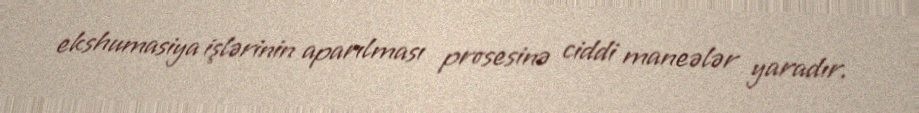
ekshumasiya işlərinin aparılması prosesinə ciddi maneələr yaradır.